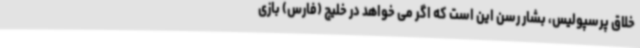
خلاق پرسپولیس، بشار رسن این است که اگر می خواهد در خلیج (فارس) بازی